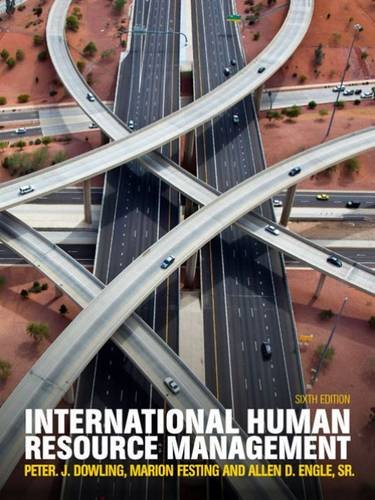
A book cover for International Human Resource Management (with CourseMate and eBook Access Card); Peter J Dowling; Business & Money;